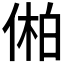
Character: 𫢾